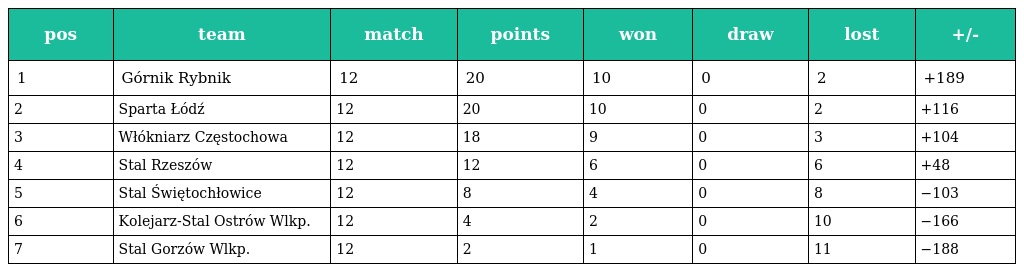
| pos | team | match | points | won | draw | lost | +/- |
 | --- | --- | --- | --- | --- | --- | --- | --- |
 | 1 | Górnik Rybnik | 12 | 20 | 10 | 0 | 2 | +189 |
 | 2 | Sparta Łódź | 12 | 20 | 10 | 0 | 2 | +116 |
 | 3 | Włókniarz Częstochowa | 12 | 18 | 9 | 0 | 3 | +104 |
 | 4 | Stal Rzeszów | 12 | 12 | 6 | 0 | 6 | +48 |
 | 5 | Stal Świętochłowice | 12 | 8 | 4 | 0 | 8 | −103 |
 | 6 | Kolejarz-Stal Ostrów Wlkp. | 12 | 4 | 2 | 0 | 10 | −166 |
 | 7 | Stal Gorzów Wlkp. | 12 | 2 | 1 | 0 | 11 | −188 |